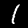
Label: 1